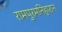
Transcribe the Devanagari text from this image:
रामपुरमनिहारान